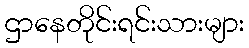
ဌာနေတိုင်းရင်းသားများ